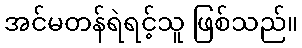
အင်မတန်ရဲရင့်သူ ဖြစ်သည်။